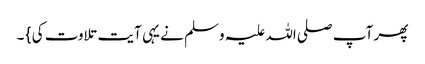
پھر آپ صلی اللہ علیہ وسلم نے یہی آیت تلاوت کی } ۔